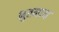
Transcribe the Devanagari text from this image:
भुतनाथ